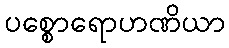
ပစ္စောရောဟဏိယာ